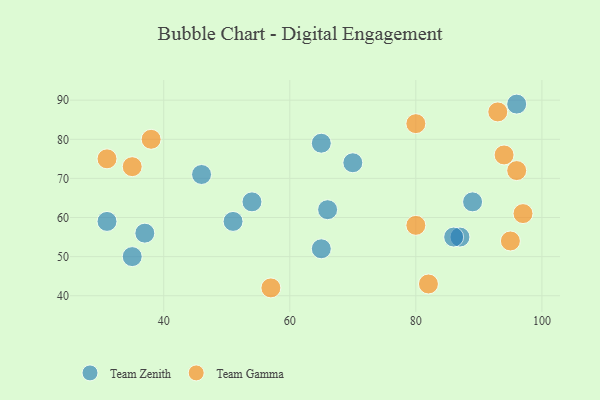
{"axis": {"x": "GDP", "y": "Life Expectancy"}, "legend": ["Team Gamma", "Team Zenith"], "data": [{"x": "87", "y": 55, "type": "Team Zenith"}, {"x": "65", "y": 52, "type": "Team Zenith"}, {"x": "37", "y": 56, "type": "Team Zenith"}, {"x": "66", "y": 62, "type": "Team Zenith"}, {"x": "70", "y": 74, "type": "Team Zenith"}, {"x": "86", "y": 55, "type": "Team Zenith"}, {"x": "54", "y": 64, "type": "Team Zenith"}, {"x": "65", "y": 79, "type": "Team Zenith"}, {"x": "51", "y": 59, "type": "Team Zenith"}, {"x": "46", "y": 71, "type": "Team Zenith"}, {"x": "31", "y": 59, "type": "Team Zenith"}, {"x": "89", "y": 64, "type": "Team Zenith"}, {"x": "96", "y": 89, "type": "Team Zenith"}, {"x": "35", "y": 50, "type": "Team Zenith"}, {"x": "96", "y": 72, "type": "Team Gamma"}, {"x": "94", "y": 76, "type": "Team Gamma"}, {"x": "80", "y": 84, "type": "Team Gamma"}, {"x": "57", "y": 42, "type": "Team Gamma"}, {"x": "80", "y": 58, "type": "Team Gamma"}, {"x": "35", "y": 73, "type": "Team Gamma"}, {"x": "82", "y": 43, "type": "Team Gamma"}, {"x": "31", "y": 75, "type": "Team Gamma"}, {"x": "38", "y": 80, "type": "Team Gamma"}, {"x": "97", "y": 61, "type": "Team Gamma"}, {"x": "95", "y": 54, "type": "Team Gamma"}, {"x": "93", "y": 87, "type": "Team Gamma"}]}